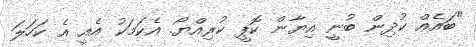
"ބައެއް ކުދިން ބުނީ އިޔާން ކޮޕީ ކުރިއްޔޯ. އެކަމަކު އެއީ އެ ކަހަލަ